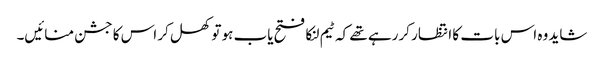
شاید وہ اس بات کا انتظار کررہے تھے کہ ٹیم لنکا فتح یاب ہو تو کھل کر اس کا جشن منائیں۔